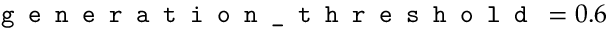
\texttt { g e n e r a t i o n \_ t h r e s h o l d } = 0 . 6